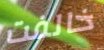
خالفت